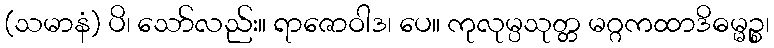
(သမာနံ) ပိ၊ သော်လည်း။ ရာဇောဝါဒ၊ ပေ။ ကုလုမ္ပသုတ္တ မဂ္ဂကထာဒိဓမ္မဉ္စ၊